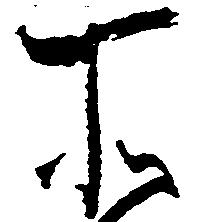
所